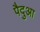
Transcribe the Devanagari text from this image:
पैदुआ